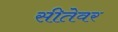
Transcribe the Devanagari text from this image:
सीतेवर